system: You are a helpful assistant.
user:
Analyze the provided spectrum to determine if it is a **"Cataclysmic Variables (CV)"**.

- **Key Indicators for CV (Check for either state):**
    - **State 1: Quiescent / Low-State (Emission-Dominated)**
        - **(Primary):** Strong and *very broad* Hydrogen Balmer emission lines (e.g., $H\alpha$ at 6563 Å, $H\beta$ at 4861 Å). The 'broadness' (high velocity dispersion, often FWHM > 1000 km/s) is the key diagnostic, indicating a high-velocity accretion disk.
        - **(Secondary):** Broad neutral Helium (He I) emission lines (e.g., 5876 Å, 6678 Å).
        - **(Key Confirmation):** Presence of high-excitation *ionized* Helium (He II) emission at 4686 Å. This is a strong indicator of accretion onto a white dwarf.
        - **(Line Profile):** Emission lines may exhibit a 'double-peaked' profile, which is a classic signature of a rotating accretion disk viewed at high inclination.

    - **State 2: Outburst / High-State (Absorption-Dominated)**
        - **(Primary):** Spectrum is dominated by a bright, blue continuum (looks like a hot star).
        - **(Secondary):** The emission lines from State 1 are weak, absent, or 'filled in', and are replaced by broad, shallow *absorption* lines (primarily Balmer and He I).
        - **(Morphology):** The overall spectrum mimics a hot B/A-type star. The crucial difference is that the absorption lines are significantly broader, shallower, and more 'washed-out' (or 'smeared') than the sharp lines of a normal stellar photosphere, due to high rotational speeds and pressure broadening in the disk.

Think first, call **spectral_visualization_tool** if needed to examine features in detail, then provide your final answer. Your response must adhere to the following strict rules:
1.  **Overall Structure:** Your response must follow the format `<think>...</think> <tool_call>...</tool_call> (if a tool is used) <answer>...</answer>`.
2.  **Tool Usage Constraint:** You may only make **one** tool call per turn.
3.  **Final Answer Format:** In the `<answer>` tag, your conclusion must be inside a `\boxed{}` command (e.g., `\boxed{YES}`), followed by your justification.

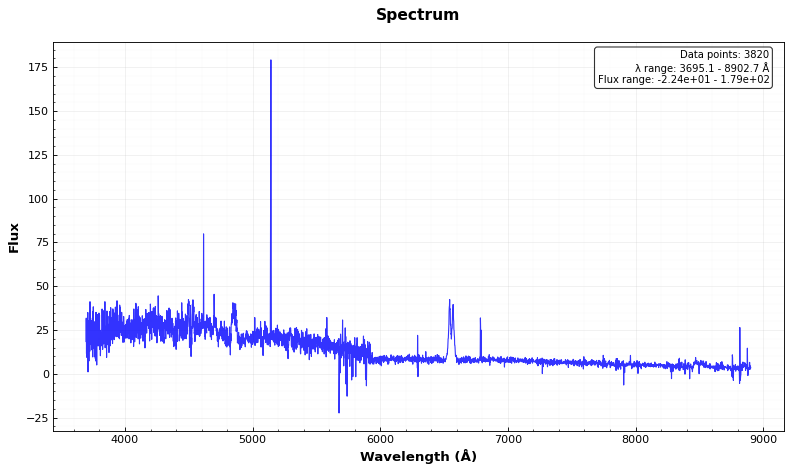
Answer: YES